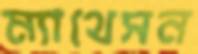
ম্যাথেসন